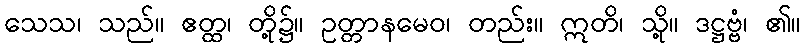
သေသ၊ သည်။ ဧတ္ထ၊ တို့၌။ ဥတ္တာနမေဝ၊ တည်း။ ဣတိ၊ သို့။ ဒဋ္ဌဗ္ဗံ၊ ၏။